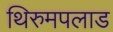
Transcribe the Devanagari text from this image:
थिरुमपलाड